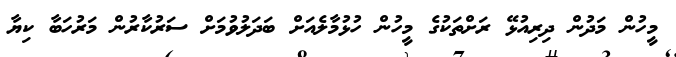
މީހުން މަދުން ދިރިއުޅޭ ރަށްތަކުގެ މީހުން ހުޅުމާލެއަށް ބަދަލުވުމަށް ސަރުކާރުން މަރުހަބާ ކިޔާ